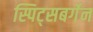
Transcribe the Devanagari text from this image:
स्पिट्सबर्गेन